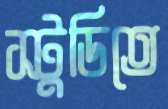
স্টুডিতে